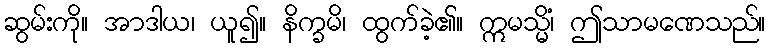
ဆွမ်းကို။ အာဒါယ၊ ယူ၍။ နိက္ခမိ၊ ထွက်ခဲ့၏။ ဣမသ္မိံ၊ ဤသာမဏေသည်။